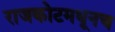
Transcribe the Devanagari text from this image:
राजकोटमधूनच